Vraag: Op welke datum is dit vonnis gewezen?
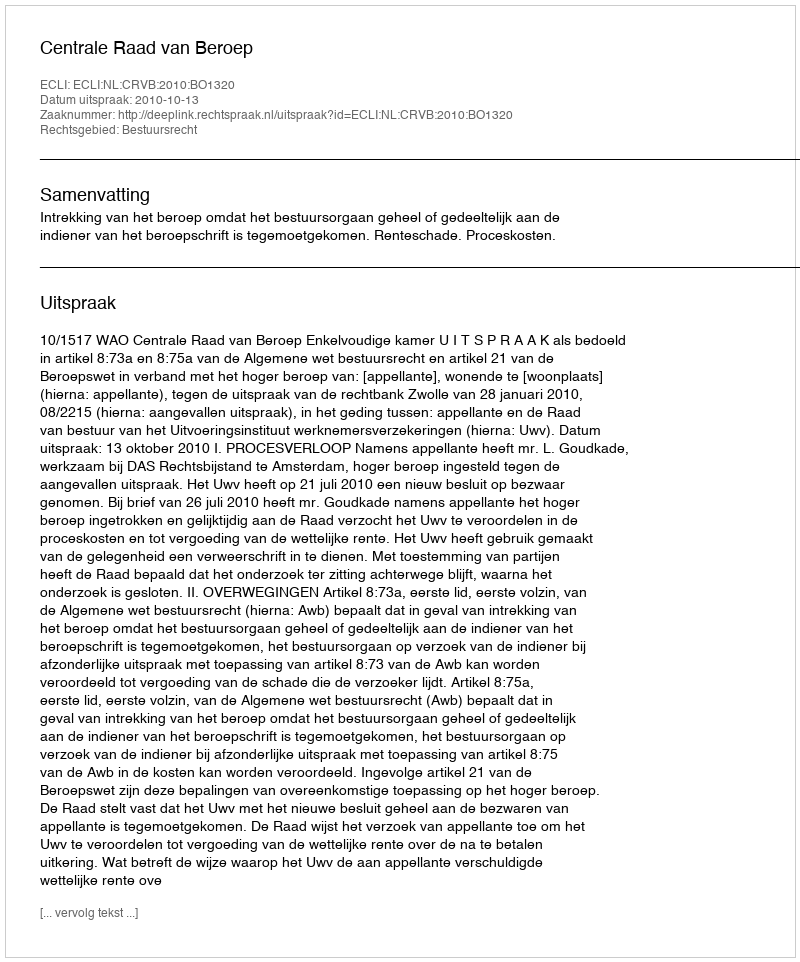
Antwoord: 2010-10-13